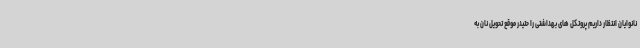
نانوایان انتظار داریم پروتکل های بهداشتی را حتیدر موقع تحویل نان به